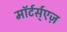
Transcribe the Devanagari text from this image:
माॅर्टर्स्एज़